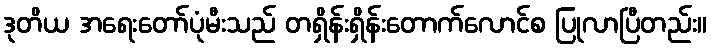
ဒုတိယ အရေးတော်ပုံမီးသည် တရှိန်းရှိန်းတောက်လောင်စ ပြုလာပြီတည်း။